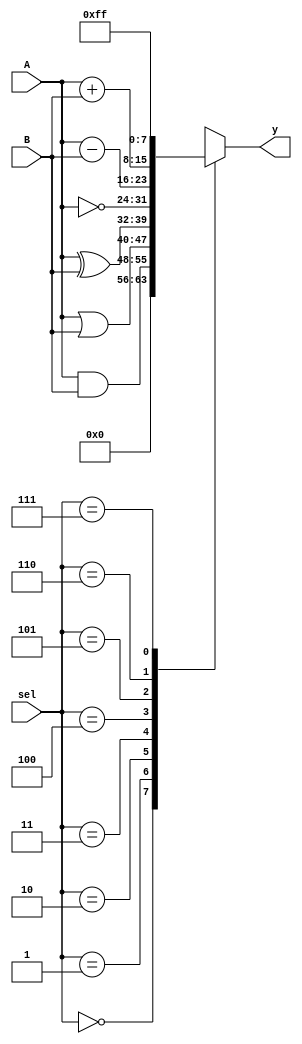
// 7 bit ALU
module q4_44 (A, B, sel, y);

	input [7:0] A, B;
	input [2:0] sel;
	output reg [7:0] y;

	always @ (A or B or sel) begin
		case (sel)
			3'b000	:	y = 8'b0;
			3'b001	:	y = A & B;	
			3'b010	:	y = A | B;	
			3'b011	:	y = A ^ B;	
			3'b100	:	y = ~A;	
			3'b101	:	y = A - B;	
			3'b110	:	y = A + B;	
			3'b111	:	y = 8'hFF;	
		endcase
	end
endmodule